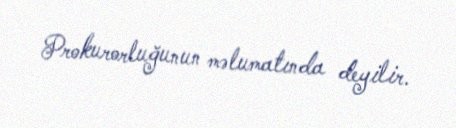
Prokurorluğunun məlumatında deyilir.